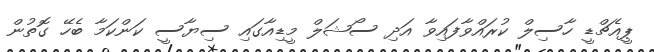
ޕީއެޗްޑީ ހާސިލް ކުރައްވާފައިވާ އަދި ސޯޝަލް މީޑިއާގައި ސިޔާސީ ކަންކަމާ ބެހޭ ގޮތުން